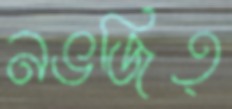
নভজিত্